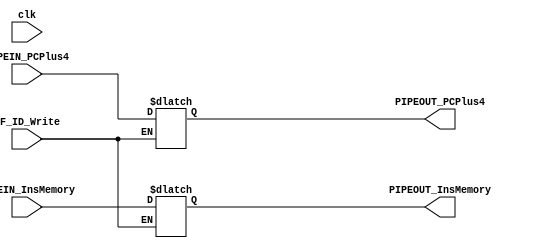
module PIPE_IF_ID(input wire clk, input wire IF_ID_Write, input wire[31:0] PIPEIN_PCPlus4, input wire[31:0] PIPEIN_InsMemory, output reg[31:0] PIPEOUT_PCPlus4, output reg[31:0] PIPEOUT_InsMemory);

	reg[31:0] PCPlus4;
	reg[31:0] InstructionMemory;

	//IF STAGE
	always@(clk)begin
		if(IF_ID_Write == 1)begin
			PIPEOUT_PCPlus4   <= PIPEIN_PCPlus4;
			PIPEOUT_InsMemory <= PIPEIN_InsMemory;
		end
	end

	//ID STAGE
		//Ler os registradores de saida

endmodule

module PIPE_ID_EX(
	input wire clk,

	//CONTROL REGISTERS
	//EX REGS
	input wire PIPEIN_EX_ALUSrc,
	input wire[1:0] PIPEIN_EX_ALUOp,
	input wire PIPEIN_EX_RegDst,
	output reg PIPEOUT_EX_ALUSrc,
	output reg[1:0] PIPEOUT_EX_ALUOp,
	output reg PIPEOUT_EX_RegDst,
	//MEM REGS
	input wire PIPEIN_MEM_Branch,
	input wire PIPEIN_MEM_MRead,
	input wire PIPEIN_MEM_MWrite,
	output reg PIPEOUT_MEM_Branch,
	output reg PIPEOUT_MEM_MRead,
	output reg PIPEOUT_MEM_MWrite,
	//WB REGS
	input wire PIPEIN_WB_RegWrite, input wire PIPEIN_WB_MemtoReg,
	output reg PIPEOUT_WB_RegWrite, output reg PIPEOUT_WB_MemtoReg,

	//INPUT ON ID FASE
	input wire[31:0] PIPEIN_PCPlus4, input wire[31:0] PIPEIN_ReadData1,
	input wire[31:0] PIPEIN_ReadData2, input wire[31:0] PIPEIN_SignExt,
	input wire[4:0] PIPEIN_RS, input wire[4:0] PIPEIN_RT, input wire[4:0] PIPEIN_RD,
	//OUTPUT ON EX FASE
	output reg[31:0] PIPEOUT_PCPlus4, output reg[31:0] PIPEOUT_ReadData1,
	output reg[31:0] PIPEOUT_ReadData2, output reg[31:0] PIPEOUT_SignExt,
	output reg[4:0] PIPEOUT_RS, output reg[4:0] PIPEOUT_RT, output reg[4:0] PIPEOUT_RD
	);

	//ID STAGE
	always@(clk)begin
		//CONTROL REGS
		//EX REGS
		PIPEOUT_EX_ALUSrc   <= PIPEIN_EX_ALUSrc;
		PIPEOUT_EX_ALUOp    <= PIPEIN_EX_ALUOp;
		PIPEOUT_EX_RegDst   <= PIPEIN_EX_RegDst;
		//MEM REGS
		PIPEOUT_MEM_Branch  <= PIPEIN_MEM_Branch;
		PIPEOUT_MEM_MRead   <= PIPEIN_MEM_MRead;
		PIPEOUT_MEM_MWrite  <= PIPEIN_MEM_MWrite;
		//WB_REGS
		PIPEOUT_WB_RegWrite <= PIPEIN_WB_RegWrite;
		PIPEOUT_WB_MemtoReg <= PIPEIN_WB_MemtoReg;

		//EX FASE REGS
		PIPEOUT_PCPlus4   <= PIPEIN_PCPlus4;
		PIPEOUT_ReadData1 <= PIPEIN_ReadData1;
		PIPEOUT_ReadData2 <= PIPEIN_ReadData2;
		PIPEOUT_SignExt   <= PIPEIN_SignExt;
		PIPEOUT_RS        <= PIPEIN_RS;
		PIPEOUT_RT        <= PIPEIN_RT;
		PIPEOUT_RD        <= PIPEIN_RD;
	end

	//EX STAGE
		//Ler os registradores de saida
endmodule

module PIPE_EX_MEM(
	input wire clk,

	//MEM REGS
	input wire PIPEIN_MEM_Branch,
	input wire PIPEIN_MEM_MRead,
	input wire PIPEIN_MEM_MWrite,
	output reg PIPEOUT_MEM_Branch,
	output reg PIPEOUT_MEM_MRead,
	output reg PIPEOUT_MEM_MWrite,
	//WB REGS
	input wire PIPEIN_WB_RegWrite,
	input wire PIPEIN_WB_MemtoReg,
	output reg PIPEOUT_WB_RegWrite,
	output reg PIPEOUT_WB_MemtoReg,

	//Input on EX fase
	input wire[31:0] PIPEIN_BranchALUOutput,
	input wire       PIPEIN_Zero,
	input wire[31:0] PIPEIN_ALUResult,
	input wire[31:0] PIPEIN_ReadData2,
	input wire[4:0]  PIPEIN_RegDstOutput,
	//Output on MEM FASE
	output reg[31:0] PIPEOUT_BranchALUOutput,
	output reg       PIPEOUT_Zero,
	output reg[31:0] PIPEOUT_ALUResult,
	output reg[31:0] PIPEOUT_ReadData2,
	output reg[4:0]  PIPEOUT_RegDstOutput
	);

	always@(clk)begin
		//MEM REGS
		PIPEOUT_MEM_Branch  <= PIPEIN_MEM_Branch;
		PIPEOUT_MEM_MRead   <= PIPEIN_MEM_MRead;
		PIPEOUT_MEM_MWrite  <= PIPEIN_MEM_MWrite;
		//WB_REGS
		PIPEOUT_WB_RegWrite <= PIPEIN_WB_RegWrite;
		PIPEOUT_WB_MemtoReg <= PIPEIN_WB_MemtoReg;

		//MEM Fase Regs
		PIPEOUT_BranchALUOutput <= PIPEIN_BranchALUOutput;
		PIPEOUT_Zero            <= PIPEIN_Zero;
		PIPEOUT_ALUResult       <= PIPEIN_ALUResult;
		PIPEOUT_ReadData2       <= PIPEIN_ReadData2;
		PIPEOUT_RegDstOutput    <= PIPEIN_RegDstOutput;
	end
endmodule

module PIPE_MEM_WB(
	input wire clk,
	/************CONTROL VARS***************/
	//WB REGS INPUT ON MEM
	input wire PIPEIN_WB_RegWrite,
	input wire PIPEIN_WB_MemtoReg,
	//WB REGS OUTPUT ON WB
	output reg PIPEOUT_WB_RegWrite,
	output reg PIPEOUT_WB_MemtoReg,

	/************DATA VARS***************/
	//INPUT ON MEM
	input wire[31:0] PIPEIN_DataMemoryOutput,
	input wire[31:0] PIPEIN_MainALUOutput,
	input wire[4:0] PIPEIN_RegDstOutput,
	//OUTPUT ON WB
	output reg[31:0] PIPEOUT_DataMemoryOutput,
	output reg[31:0] PIPEOUT_MainALUOutput,
	output reg[4:0] PIPEOUT_RegDstOutput
	);

	always@(clk)begin
		PIPEOUT_WB_RegWrite <= PIPEIN_WB_RegWrite;
		PIPEOUT_WB_MemtoReg <= PIPEIN_WB_MemtoReg;

		PIPEOUT_DataMemoryOutput <= PIPEIN_DataMemoryOutput;
		PIPEOUT_MainALUOutput    <= PIPEIN_MainALUOutput;
		PIPEOUT_RegDstOutput     <= PIPEIN_RegDstOutput;
	end
endmodule